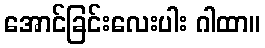
အောင်ခြင်းလေးပါး ဂါထာ။